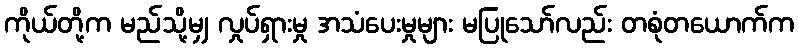
ကိုယ်တို့က မည်သို့မျှ လှုပ်ရှားမှု အသံပေးမှုများ မပြုသော်လည်း တစုံတယောက်က